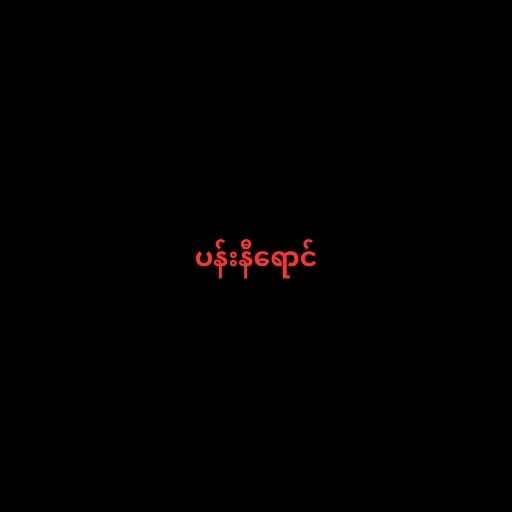
ပန်းနီရောင်